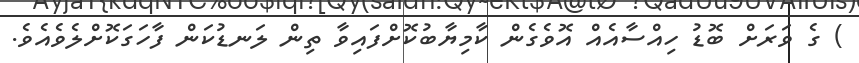
) ގެ ވަރަށް ބޮޑު ހިއްސާއެއް އޮވެގެން ކާމިޔާބުކޮށްފައިވާ ތިން ލަނޑުކަން ފާހަގަކޮށްލެވެއެވެ.